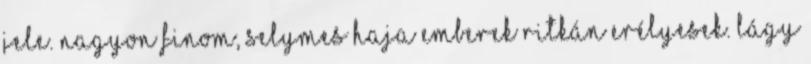
jele. Nagyon finom, selymes haja emberek ritkán erélyesek. Lágy